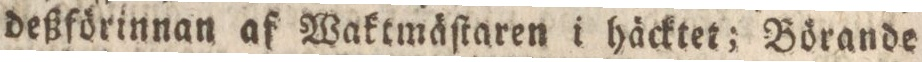
deßförinnan af Waktmäſtaren i häcktet; Börande